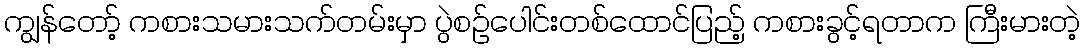
ကျွန်တော့် ကစားသမားသက်တမ်းမှာ ပွဲစဉ်ပေါင်းတစ်ထောင်ပြည့် ကစားခွင့်ရတာက ကြီးမားတဲ့